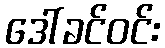
ဒေါ်ခင်ဝင်း